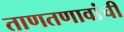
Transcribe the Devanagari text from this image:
ताणतणावांची